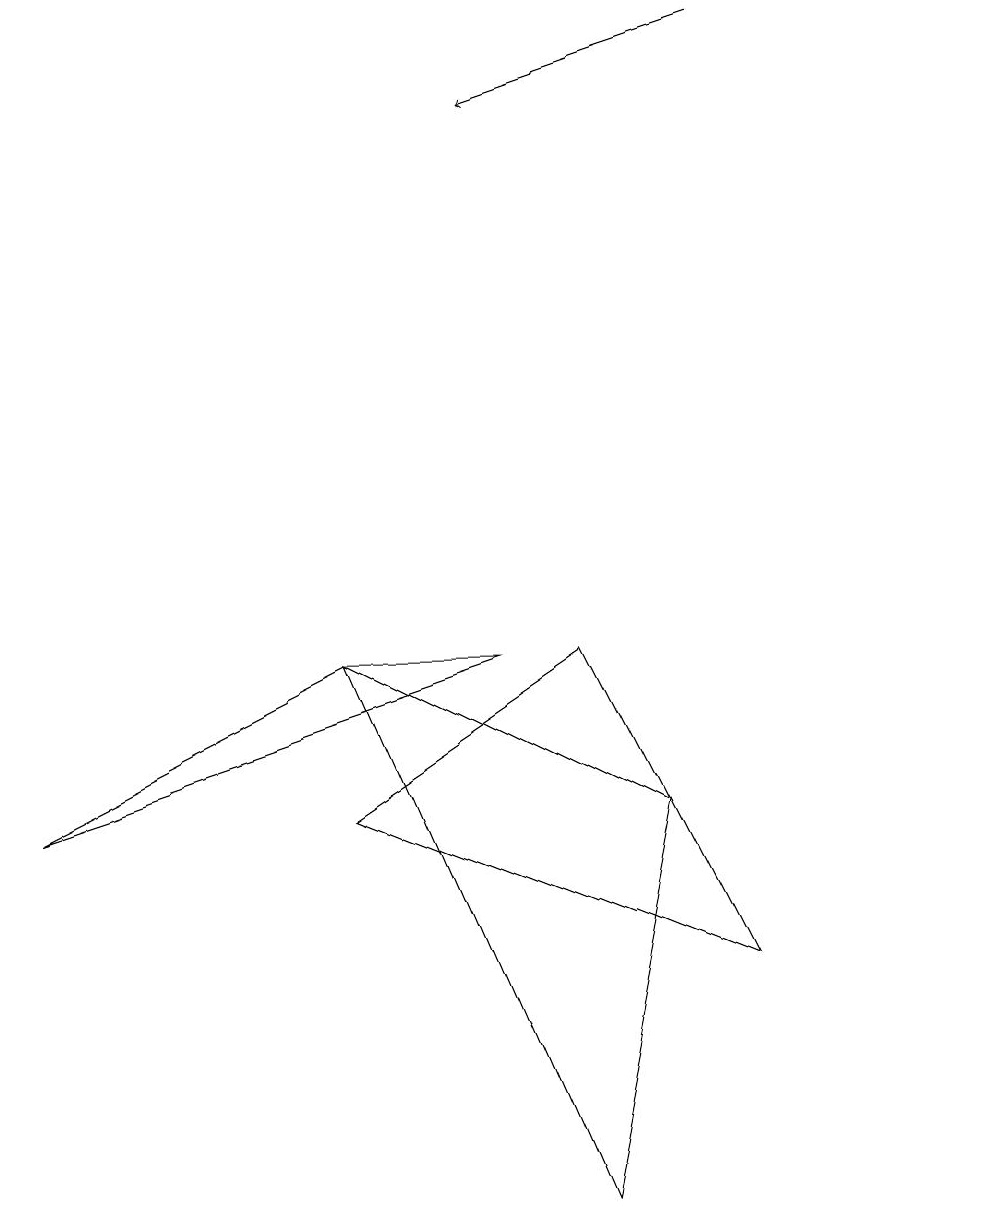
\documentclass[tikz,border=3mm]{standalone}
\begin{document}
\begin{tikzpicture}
\draw (4,9) -- (8,7) -- (7,2) -- cycle;
\draw (4,7) -- (7,9) -- (9,5) -- cycle;
\draw (4,9) -- (6,9) -- (0,7) -- cycle;
\draw[->] (9,17) -- (6,16);
\draw (12,10) circle (0);
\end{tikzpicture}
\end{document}